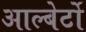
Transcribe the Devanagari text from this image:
आल्बेर्टो